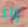
إزاء